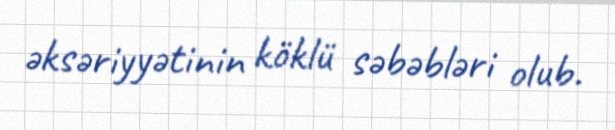
əksəriyyətinin köklü səbəbləri olub.